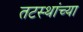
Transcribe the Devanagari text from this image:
तटस्थांच्या